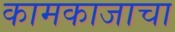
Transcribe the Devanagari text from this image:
कामकाजाचा